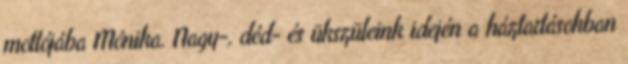
mottójába Mónika. Nagy-, déd- és ükszüleink idején a háztartásokban